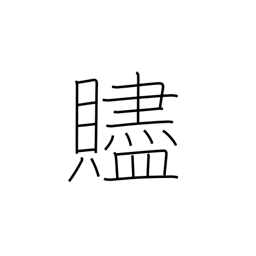
Meaning: parting gift